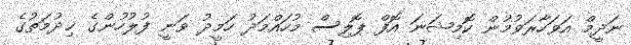
ނަދީމް އަވަހާރަވުމުން ކޮމިޝަނަ އޮފް ޕޮލިސް މުހައްމަދު ހަމީދު ވަނީ ފުލުހުންގެ ޚިދުމަތުގެ